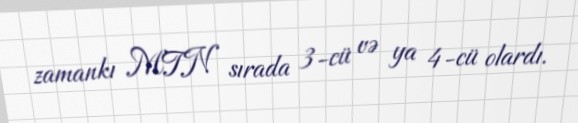
zamankı MTN sırada 3-cü və ya 4-cü olardı.